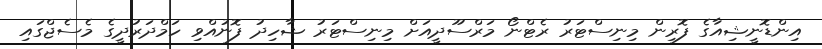
އިންޑޮނީޝިއާގެ ފޮރިން މިނިސްޓަރު ރެޓްނޯ މަރްސޫދީއަށް މިނިސްޓަރު ޝާހިދު ފޮނުއްވި ހަމްދަރުދީގެ މެސެޖްގައި